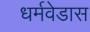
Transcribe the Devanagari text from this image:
धर्मवेडास